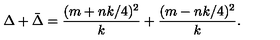
\Delta + \bar { \Delta } = \frac { ( m + n k / 4 ) ^ { 2 } } { k } + \frac { ( m - n k / 4 ) ^ { 2 } } { k } .